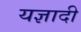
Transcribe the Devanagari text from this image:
यज्ञादी